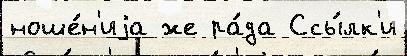
ноше́н'иjа же ра́да Ссы́лк'и